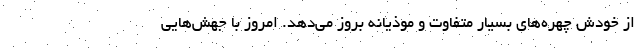
از خودش چهره‌های بسیار متفاوت و موذیانه بروز می‌دهد. امروز با جهش‌هایی